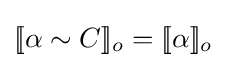
[\![\alpha \sim C]\!]_{o}=[\![\alpha ]\!]_{o}